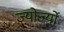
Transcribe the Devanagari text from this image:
ज्योर्ज्यो